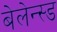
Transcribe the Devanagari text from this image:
बेलेन्स्ड